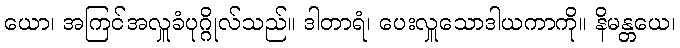
ယော၊ အကြင်အလှူခံပုဂ္ဂိုလ်သည်။ ဒါတာရံ၊ ပေးလှူသောဒါယကာကို။ နိမန္တယေ၊